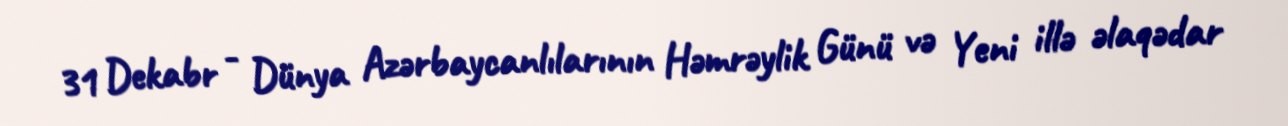
31 Dekabr - Dünya Azərbaycanlılarının Həmrəylik Günü və Yeni illə əlaqədar